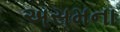
અસમના